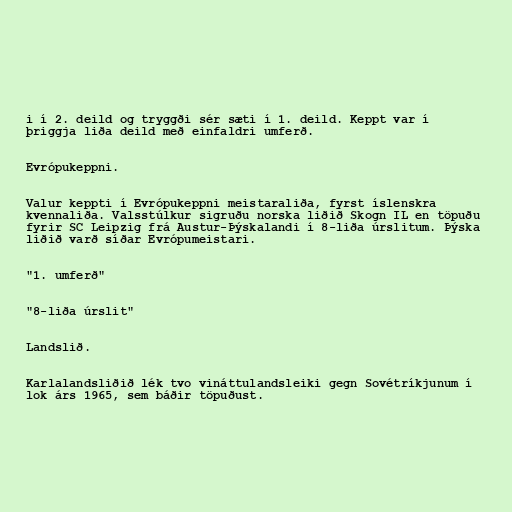
i í 2. deild og tryggði sér sæti í 1. deild. Keppt var í
þriggja liða deild með einfaldri umferð.

Evrópukeppni.

Valur keppti í Evrópukeppni meistaraliða, fyrst íslenskra
kvennaliða. Valsstúlkur sigruðu norska liðið Skogn IL en töpuðu
fyrir SC Leipzig frá Austur-Þýskalandi í 8-liða úrslitum. Þýska
liðið varð síðar Evrópumeistari.

"1. umferð"

"8-liða úrslit"

Landslið.

Karlalandsliðið lék tvo vináttulandsleiki gegn Sovétríkjunum í
lok árs 1965, sem báðir töpuðust.